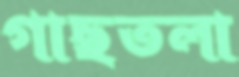
গাছতলা